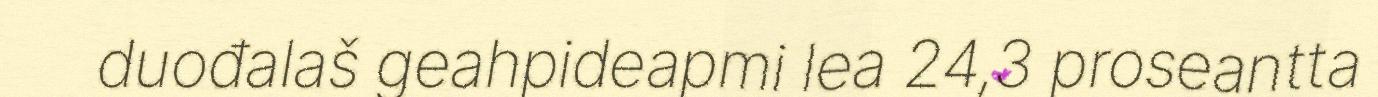
duođalaš geahpideapmi lea 24,3 proseantta